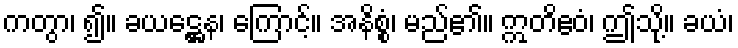
ကတွာ၊ ၍။ ခယဋ္ဌေန၊ ကြောင့်။ အနိစ္စံ၊ မည်၏။ ဣတိဧဝံ၊ ဤသို့။ ခယံ၊